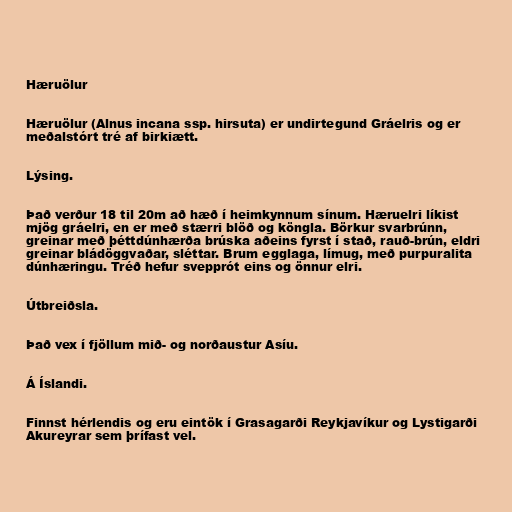
Hæruölur

Hæruölur (Alnus incana ssp. hirsuta) er undirtegund Gráelris og er
meðalstórt tré af birkiætt.

Lýsing.

Það verður 18 til 20m að hæð í heimkynnum sínum. Hæruelri líkist
mjög gráelri, en er með stærri blöð og köngla. Börkur svarbrúnn,
greinar með þéttdúnhærða brúska aðeins fyrst í stað, rauð-brún, eldri
greinar bládöggvaðar, sléttar. Brum egglaga, límug, með purpuralita
dúnhæringu. Tréð hefur svepprót eins og önnur elri.

Útbreiðsla.

Það vex í fjöllum mið- og norðaustur Asíu.

Á Íslandi.

Finnst hérlendis og eru eintök í Grasagarði Reykjavíkur og Lystigarði
Akureyrar sem þrífast vel.